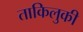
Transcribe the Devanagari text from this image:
ताकिलुकी